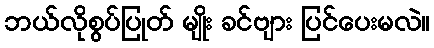
ဘယ်လိုစွပ်ပြုတ် မျိုး ခင်ဗျား ပြင်ပေးမလဲ။